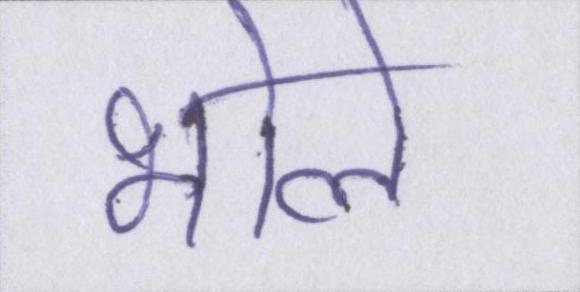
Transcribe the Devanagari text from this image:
भोले